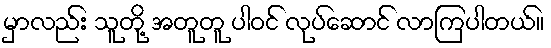
မှာလည်း သူတို့ အတူတူ ပါဝင် လုပ်ဆောင် လာကြပါတယ်။